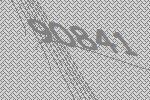
90841